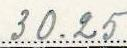
30.25